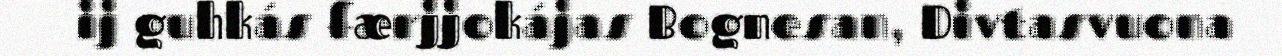
ij guhkás færjjokájas Bognesan, Divtasvuona